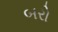
બરો